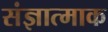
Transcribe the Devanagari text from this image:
संज्ञात्माक